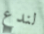
لندع